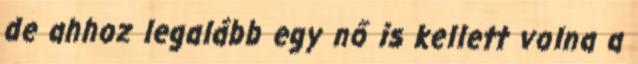
de ahhoz legalább egy nő is kellett volna a